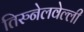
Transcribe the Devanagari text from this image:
तिरुनेलवेल्ली